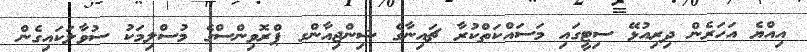
އިއްޔެ އަހަރެން ދިރިއުޅޭ ސިޓީގައި މަސައްކަތްކުރާ ޗައިނާގެ ޝިންޖިއާންގ ޕްރޮވިންސްގެ މުސްލިމަކު ސުވާލަކައިގެން